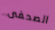
الصحفى